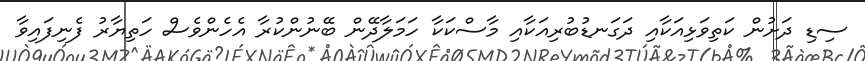
ސިޑި ދަށުން ކަތިވަޅިއަކާއި ދަގަނޑުބުރިއަކާއި މާސްކަކާ ހަމަލާދޭން ބޭނުންކުރާ އެހެންވެސް ހަތިޔާރު ފެނިފައިވާ